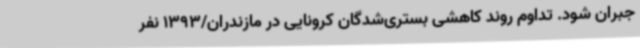
جبران شود. تداوم روند کاهشی بستری‌شدگان کرونایی در مازندران/1393 نفر